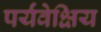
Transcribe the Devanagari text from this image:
पर्यंवेक्षिय